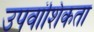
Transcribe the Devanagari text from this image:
उपवांशिकता